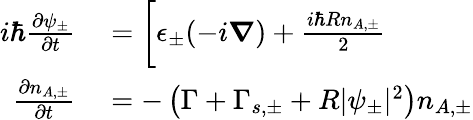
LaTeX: \begin{array}{rl}{i\hbar\frac{\partial\psi_{\pm}}{\partial t}}&{{}=\bigg[\epsilon_{\pm}(-i\boldsymbol{\nabla})+\frac{i\hbar Rn_{A,\pm}}{2}}\\ {\frac{\partial n_{A,\pm}}{\partial t}}&{{}=-\left(\Gamma+\Gamma_{s,\pm}+R|\psi_{\pm}|^{2}\right)n_{A,\pm}}\end{array}